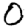
Digit: 0